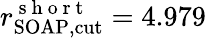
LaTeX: r_{\mathrm{SOAP,cut}}^{\mathrm{~s~h~o~r~t~}}=4.979